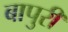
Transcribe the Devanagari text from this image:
बापुरी